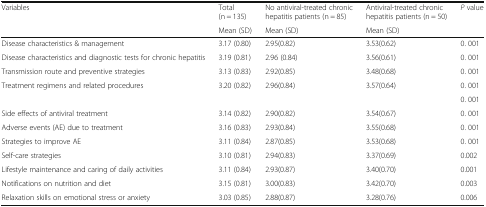
<table><thead><tr><td rowspan="2"><b>Variables</b></td><td><b>Total (n = 135)</b></td><td><b>No antiviral-treated chronic hepatitis patients (n = 85)</b></td><td><b>Antiviral-treated chronic hepatitis patients (n = 50)</b></td><td rowspan="2"><b><i>P</i> value</b></td></tr><tr><td><b>Mean (SD)</b></td><td><b>Mean (SD)</b></td><td><b>Mean (SD)</b></td></tr></thead><tbody><tr><td>Disease characteristics &amp; management</td><td>3.17 (0.80)</td><td>2.95(0.82)</td><td>3.53(0.62)</td><td>0. 001</td></tr><tr><td>Disease characteristics and diagnostic tests for chronic hepatitis</td><td>3.19 (0.81)</td><td>2.96 (0.84)</td><td>3.56(0.61)</td><td>0. 001</td></tr><tr><td>Transmission route and preventive strategies</td><td>3.13 (0.83)</td><td>2.92(0.85)</td><td>3.48(0.68)</td><td>0. 001</td></tr><tr><td>Treatment regimens and related procedures</td><td>3.20 (0.82)</td><td>2.96(0.84)</td><td>3.57(0.64)</td><td>0. 001</td></tr><tr><td></td><td></td><td></td><td></td><td>0. 001</td></tr><tr><td>Side effects of antiviral treatment</td><td>3.14 (0.82)</td><td>2.90(0.82)</td><td>3.54(0.67)</td><td>0. 001</td></tr><tr><td>Adverse events (AE) due to treatment</td><td>3.16 (0.83)</td><td>2.93(0.84)</td><td>3.55(0.68)</td><td>0. 001</td></tr><tr><td>Strategies to improve AE</td><td>3.11 (0.84)</td><td>2.87(0.85)</td><td>3.53(0.68)</td><td>0. 001</td></tr><tr><td>Self-care strategies</td><td>3.10 (0.81)</td><td>2.94(0.83)</td><td>3.37(0.69)</td><td>0.002</td></tr><tr><td>Lifestyle maintenance and caring of daily activities</td><td>3.11 (0.84)</td><td>2.93(0.87)</td><td>3.40(0.70)</td><td>0.001</td></tr><tr><td>Notifications on nutrition and diet</td><td>3.15 (0.81)</td><td>3.00(0.83)</td><td>3.42(0.70)</td><td>0.003</td></tr><tr><td>Relaxation skills on emotional stress or anxiety</td><td>3.03 (0.85)</td><td>2.88(0.87)</td><td>3.28(0.76)</td><td>0.006</td></tr></tbody></table>